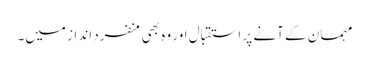
مہمان کے آنے پر استقبال اور وہ بھی منفرد انداز میں۔